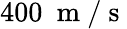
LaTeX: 400~\mathrm{~m~}/\mathrm{~s~}